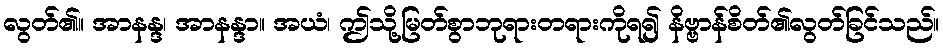
လွတ်၏။ အာနန္ဒ၊ အာနန္ဒာ။ အယံ၊ ဤသို့မြတ်စွာဘုရားတရားကိုရ၍ နိဗ္ဗာန်စိတ်၏လွတ်ခြင်သည်။